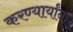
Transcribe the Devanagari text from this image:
करण्यार्यांना